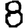
Digit: 8